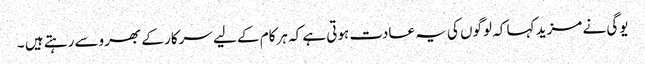
یوگی نے مزید کہا کہ لوگوں کی یہ عادت ہوتی ہے کہ ہرکام کے لیے سرکار کے بھروسے رہتے ہیں ۔